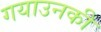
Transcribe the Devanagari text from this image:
गयाउनकी